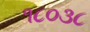
૧૮૦૩૮